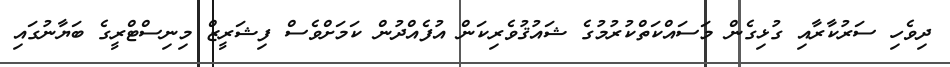
ދިވެހި ސަރުކާރާއި ގުޅިގެން މަސައްކަތްކުރުމުގެ ޝައުޤުވެރިކަން އުފެއްދުން ކަމަށްވެސް ފިޝަރީޒް މިނިސްޓްރީގެ ބަޔާނުގައި